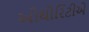
ઓથોરિટીએ